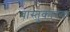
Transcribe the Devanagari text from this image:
वास्तुकारक